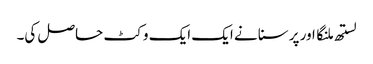
لستھ ملنگا اور پرسنا نے ایک ایک وکٹ حاصل کی۔